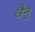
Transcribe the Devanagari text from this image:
वैन्